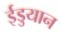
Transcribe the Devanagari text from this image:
ईडुयान